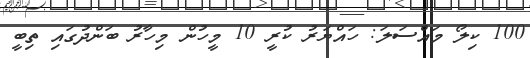
100 ކިލޯ މައްސަލަ: ހައްޔަރު ކުރީ 10 މީހުން މިހާރު ބަންދުގައި ތިބީ